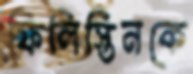
ফিলিস্তিনকে